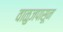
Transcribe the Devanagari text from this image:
वाळुजपासून